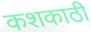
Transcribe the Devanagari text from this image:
कशकाठी